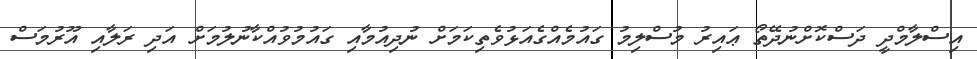
އިސްލާމްދީ ދަސްކޮށްނުދޭތޯ ޢައިރު މުސްލިމު ގައުމެއްގެއަޅުވެތިކަމަށް ނުދިއުމާއި ގައުމުވުއްކާނުލުމަށް އަދި ރަލާއި އޫރުމަސް